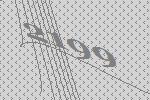
2199